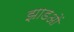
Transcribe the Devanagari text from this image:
झाडओं